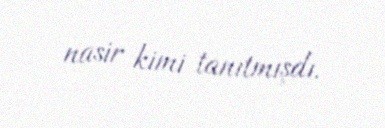
nasir kimi tanıtmışdı.